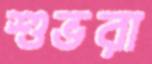
শুভরা